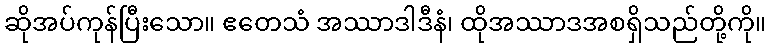
ဆိုအပ်ကုန်ပြီးသော။ ဧတေသံ အဿာဒါဒီနံ၊ ထိုအဿာဒအစရှိသည်တို့ကို။